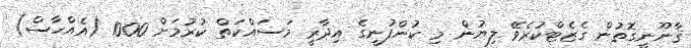
ޤާނޫނީގޮތުން ގެޒެޓްކުރެވޭ ލިޔުން މި ކުންފުނީގެ އިދާރީ މަސައްކަތް ކުރުމަށް 1000 (އެއްހާސް)